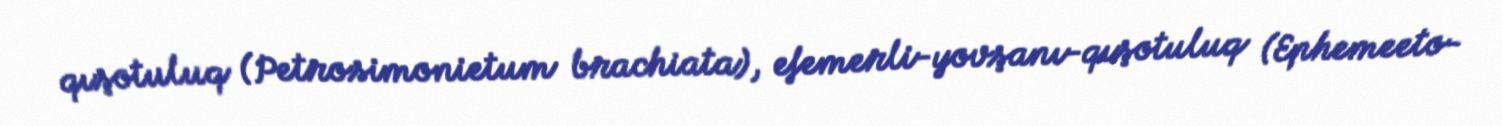
qışotuluq (Petrosimonietum brachiata), efemerli-yovşanı-qışotuluq (Ephemeeto-